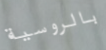
بالروسية